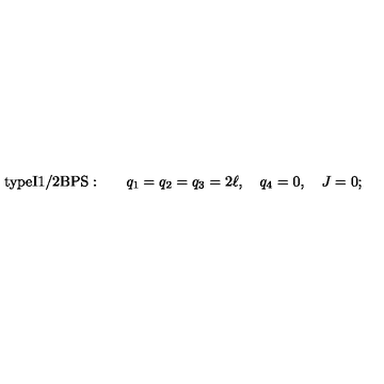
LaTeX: \mathrm { t y p e I 1 / 2 B P S : } \qquad q _ { 1 } = q _ { 2 } = q _ { 3 } = 2 \ell , \quad q _ { 4 } = 0 , \quad J = 0 ;